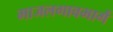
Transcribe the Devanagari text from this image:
माजलगावमार्गे